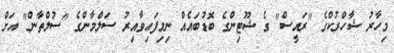
މިހާރު ޝާހްރުކްގެ "ރައީސް" ގެ ޝޫޓިންގެ ބޮޑުބައެއް ނިމިފައިވާއިރު ސަލްމާންގެ "ސުލްތާން" އަށް